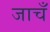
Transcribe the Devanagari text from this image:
जाचँ